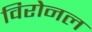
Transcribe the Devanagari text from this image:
विरोनल